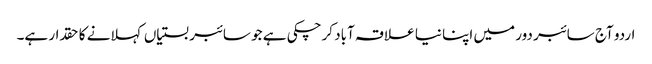
اردو آج سائبر دور میں اپنا نیا علاقہ آباد کرچکی ہے جو سائبر بستیاں کہلانے کا حقدار ہے۔